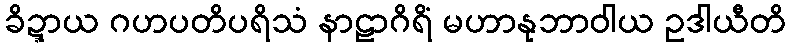
ခိဍ္ဍာယ ဂဟပတိပရိသံ နာဠာဂိရိံ မဟာနုဘာဝါယ ဥဒါယီတိ